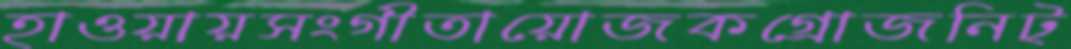
হাওয়ায়সংগীতায়োজকগ্রোজনিট্